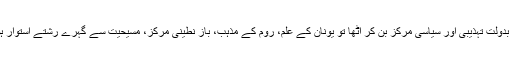
کیف شہر یورپ اور ایشیائی خطوں کے درمیان ایک تجارتی شاہراہ پر واقع ہونے کی بدولت تہذیبی اور سیاسی مرکز بن کر اٹھا تو یونان کے علم، روم کے مذہب، باز نطینی مرکز، مسیحیت سے گہرے رشتے استوار ہونے کے ساتھ ترکوں ، عربوں اور ایرانیوں کے مذہب اور تہذیب سے بھی سابقہ پڑا۔